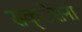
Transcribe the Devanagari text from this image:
सक्ेसना